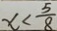
x < \frac { 5 } { 8 }